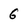
Character: 6